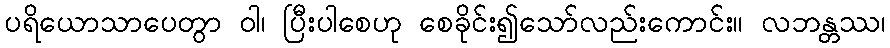
ပရိယောသာပေတွာ ဝါ၊ ပြီးပါစေဟု စေခိုင်း၍သော်လည်းကောင်း။ လဘန္တဿ၊